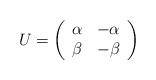
LaTeX: \begin{align*}U=\left(\begin{array}{cc} \alpha& -\alpha \\ \beta& -\beta \end{array}\right)\end{align*}